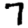
Digit: 7